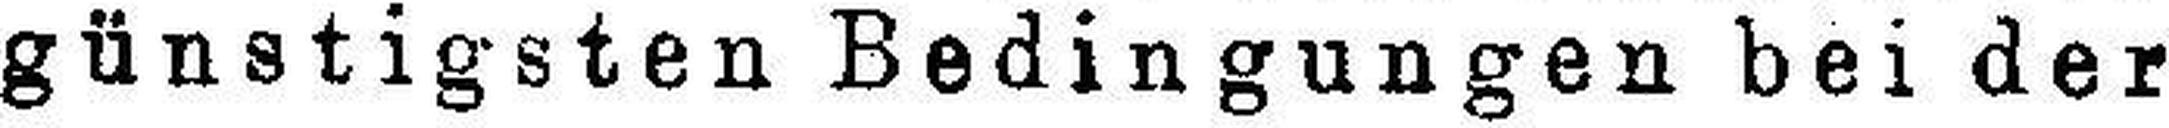
günstigsten Bedingungen bei der